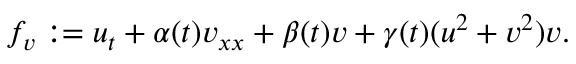
f _ { v } : = u _ { t } + \alpha ( t ) v _ { x x } + \beta ( t ) v + \gamma ( t ) ( u ^ { 2 } + v ^ { 2 } ) v .